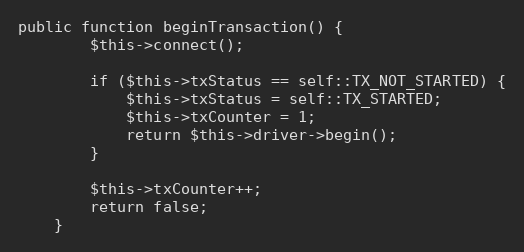
Language: PHP
public function beginTransaction() {
		$this->connect();

		if ($this->txStatus == self::TX_NOT_STARTED) {
			$this->txStatus = self::TX_STARTED;
			$this->txCounter = 1;
			return $this->driver->begin();
		}

		$this->txCounter++;
		return false;
	}